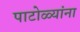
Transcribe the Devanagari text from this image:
पाटोळ्यांना